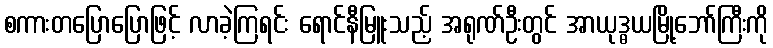
စကားတပြောပြောဖြင့် လာခဲ့ကြရင်း ရောင်နီမြူးသည့် အရုဏ်ဦးတွင် အာယုဒ္ဓယမြို့ဘော်ကြီးကို